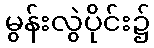
မွန်းလွဲပိုင်း၌